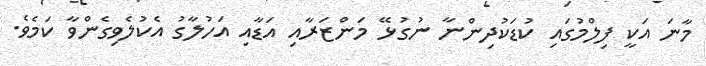
މާނަ އަކީ ފިލްމުގައި ކުޑަކުދިންނާ ނުގުޅޭ މަންޒަރާއި އަޑާއި އަހުލާގު އެކުލެވިގެންވާ ކަމެވެ.